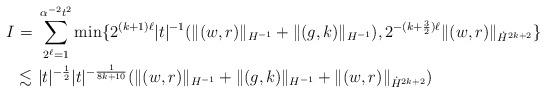
LaTeX: \begin{align*}I = & \ \sum_{2^\ell = 1}^{\alpha^{-2} t^{2}} \min \{ 2^{(k+1) \ell} |t|^{-1} (\|(w,r)\|_{H^{-1}}+ \|(g,k)\|_{H^{-1}}),2^{-(k+\frac32) \ell} \|(w,r)\|_{\dot H^{2k+2}}\} \\ \lesssim & \ |t|^{-\frac12} |t|^{-\frac{1}{8k+10}} (\|(w,r)\|_{H^{-1}}+ \|(g,k)\|_{H^{-1}}+ \|(w,r)\|_{\dot H^{2k+2}})\end{align*}